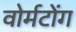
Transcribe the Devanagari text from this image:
वोर्मटोंग